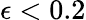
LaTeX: \epsilon<0.2